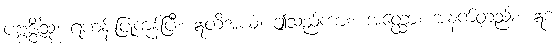
ပဗ္ဗဇ္ဇိံသု၊ ရဟန်းပြုကုန်ပြီ။ ဣတိအယံ၊ ဤသည်ကား။ အတ္ထော၊ အနက်တည်း။ ဣဒံ၊